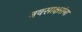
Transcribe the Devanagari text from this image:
नवसाक्षरांना